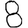
Digit: 8